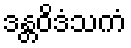
ဒန္တဝိဒံသကံ